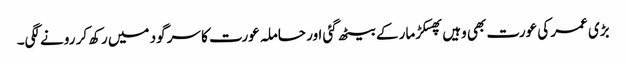
بڑی عمر کی عورت بھی وہیں پھسکڑ مار کے بیٹھ گئی اور حاملہ عورت کا سر گود میں رکھ کر رونے لگی۔